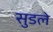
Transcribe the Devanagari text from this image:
सुडले